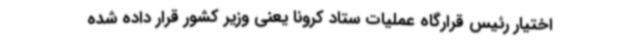
اختیار رئیس قرارگاه عملیات ستاد کرونا یعنی وزیر کشور قرار داده شده